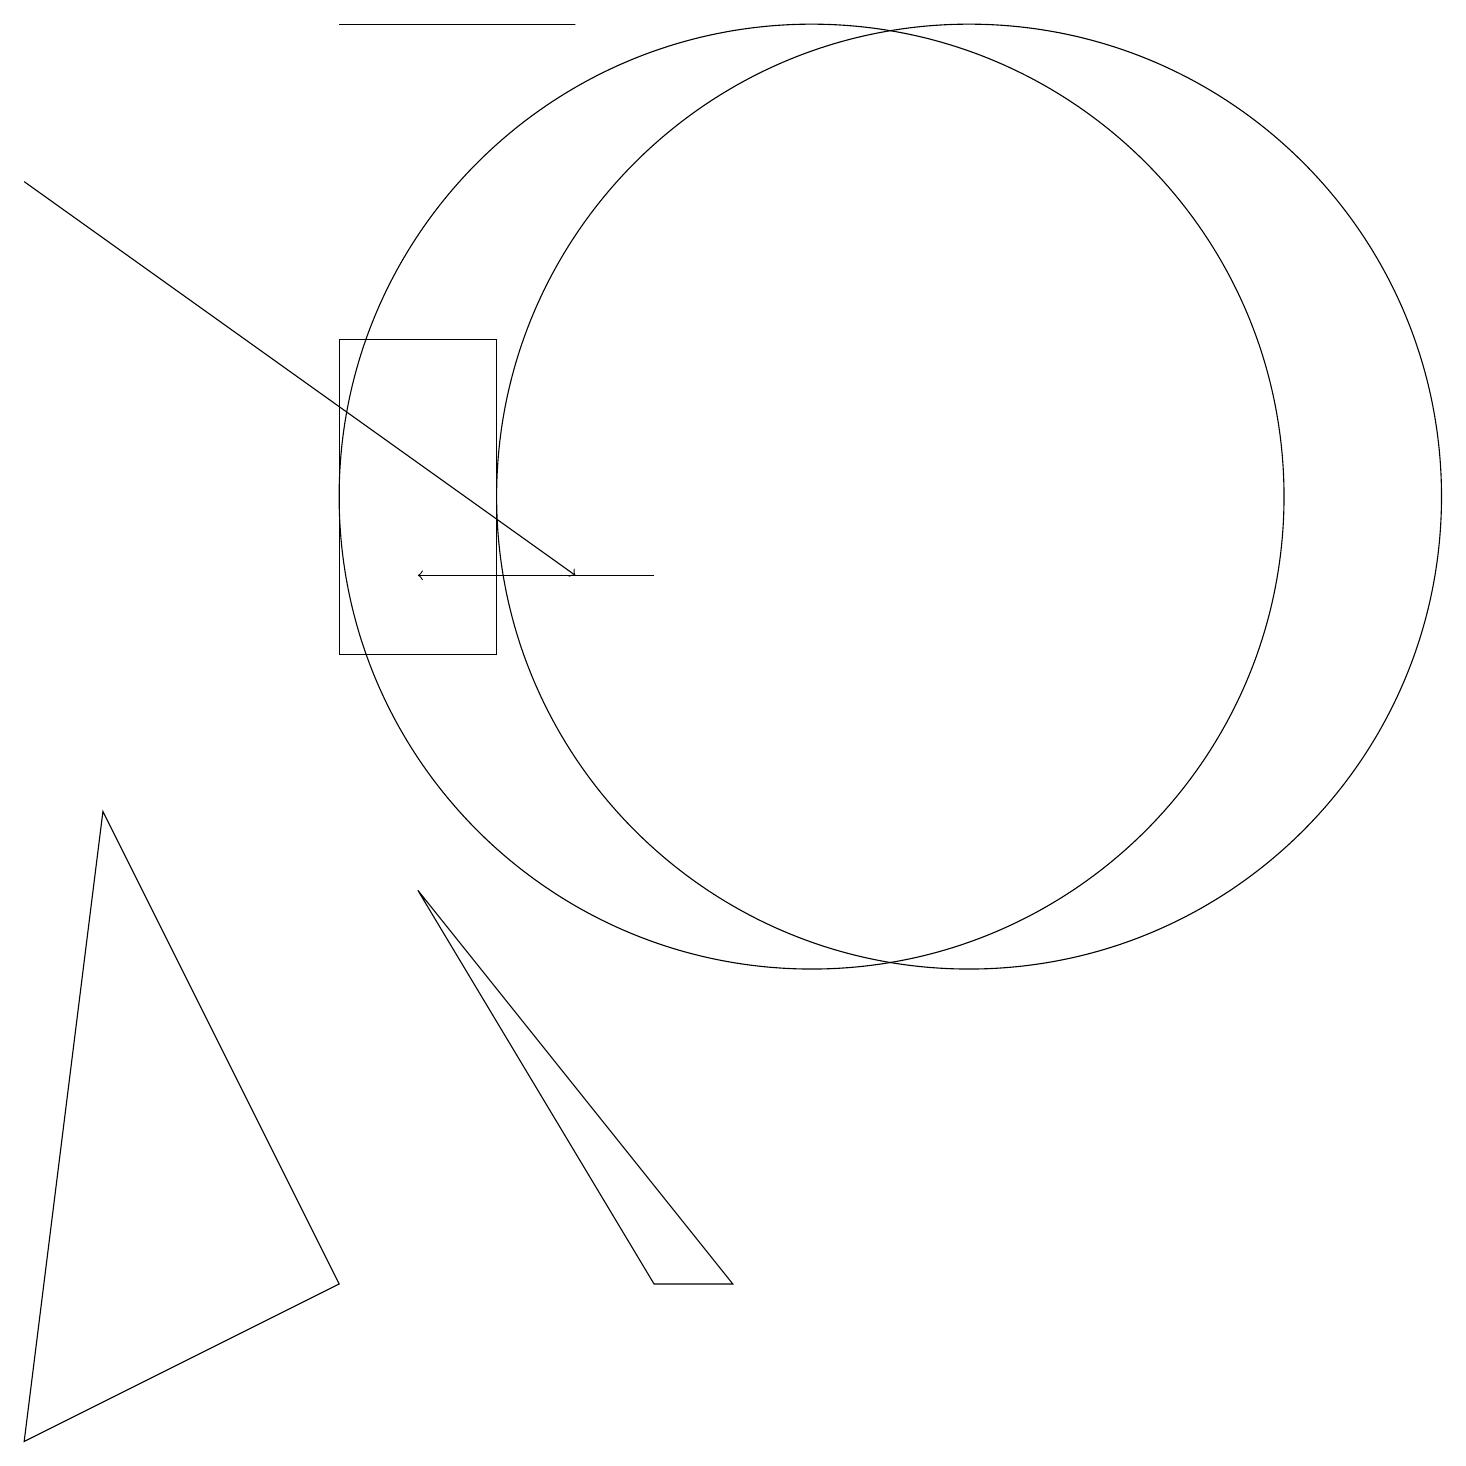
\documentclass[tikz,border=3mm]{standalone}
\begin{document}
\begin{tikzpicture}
\draw (0,0) -- (4,2) -- (1,8) -- cycle;
\draw (12,12) circle (6);
\draw (5,7) -- (9,2) -- (8,2) -- cycle;
\draw (10,12) circle (6);
\draw (4,18) rectangle (7,18);
\draw[->] (0,16) -- (7,11);
\draw (4,10) rectangle (6,14);
\draw[->] (8,11) -- (5,11);
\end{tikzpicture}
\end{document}